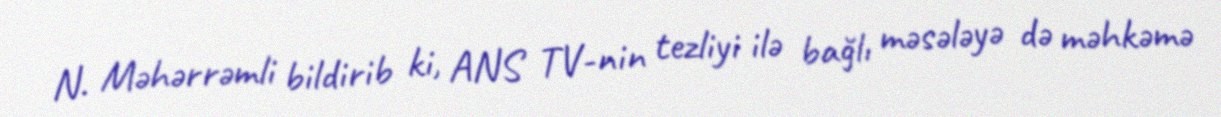
N. Məhərrəmli bildirib ki, ANS TV-nin tezliyi ilə bağlı məsələyə də məhkəmə